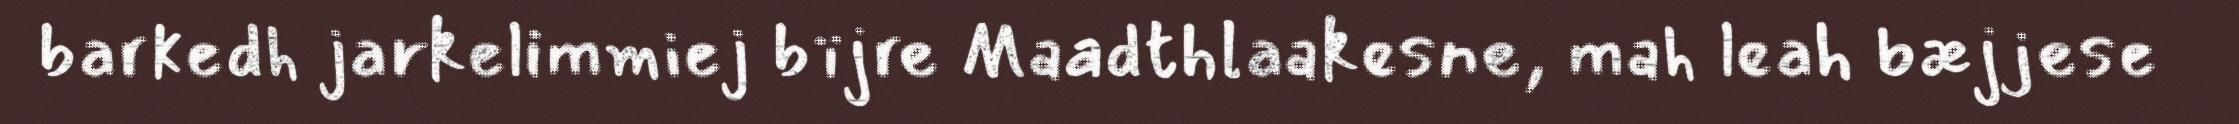
barkedh jarkelimmiej bïjre Maadthlaakesne, mah leah bæjjese